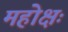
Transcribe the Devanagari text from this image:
महोक्षः